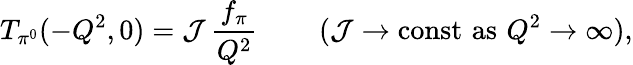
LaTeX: T_{\pi^{0}}(-Q^{2},0)={\cal J}\, \frac{f_{\pi}}{Q^{2}}\, \qquad({\cal J}\to\mathrm{const}\, \, \mathrm{as\, \, }Q^{2}\to\infty),